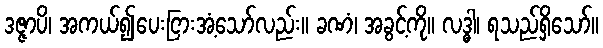
ဒဇ္ဇာပိ၊ အကယ်၍ပေးငြားအံ့သော်လည်း။ ခဏံ၊ အခွင့်ကို။ လဒ္ဓါ၊ ရသည်ရှိသော်။